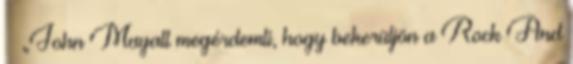
– „John Mayall megérdemli, hogy bekerüljön a Rock And